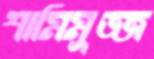
শামিমুজ্জ